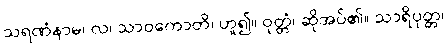
သရဏံနာမ၊ လ၊ သာဝကောတိ၊ ဟူ၍။ ဝုတ္တံ၊ ဆိုအပ်၏။ သာရိပုတ္တ၊